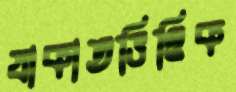
যাকাতভিত্তিক